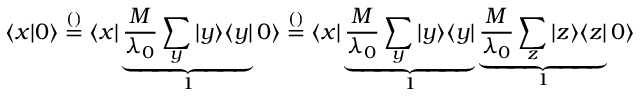
\langle x | 0 \rangle \overset { \footnotesize ( ) } { = } \langle x | \underbrace { \frac { M } { \lambda _ { 0 } } \sum _ { y } | y \rangle \langle y | } _ { 1 } 0 \rangle \overset { \footnotesize ( ) } { = } \langle x | \underbrace { \frac { M } { \lambda _ { 0 } } \sum _ { y } | y \rangle \langle y | } _ { 1 } \underbrace { \frac { M } { \lambda _ { 0 } } \sum _ { z } | z \rangle \langle z | } _ { 1 } 0 \rangle